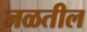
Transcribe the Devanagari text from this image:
जळतील